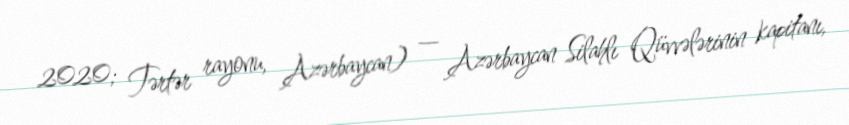
2020; Tərtər rayonu, Azərbaycan) — Azərbaycan Silahlı Qüvvələrinin kapitanı,